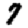
Digit: 7